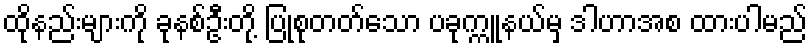
ထိုနည်းများကို ခုနစ်ဦးတို့ ပြုစုတတ်သော ပခုက္ကူနယ်မှ ဒါဟာအစ ထားပါမည်